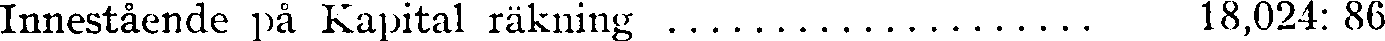
Innestående på Kapital räkning .................... 18,024: 86